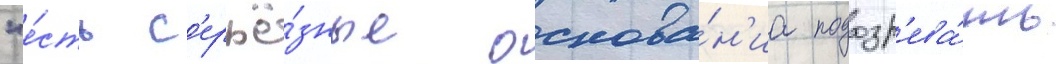
"е́сть с'ерьё́зные основа́н'иа подозр'ева́ть